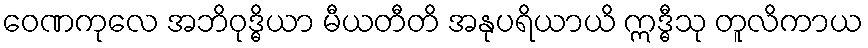
ဝေဏကုလေ အဘိဝုဒ္ဓိယာ မီယတီတိ အနုပရိယာယိ ဣဒ္ဓီသု တူလိကာယ